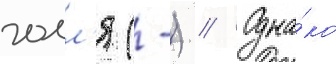
голл'я (-) // Одна́ко